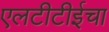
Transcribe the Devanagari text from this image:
एलटीटीईचा